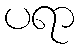
ပရာ